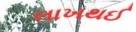
લાખથઈ